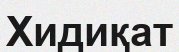
Хидиқат